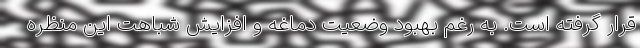
قرار گرفته است. به رغم بهبود وضعیت دماغه و افزایش شباهت این منظره